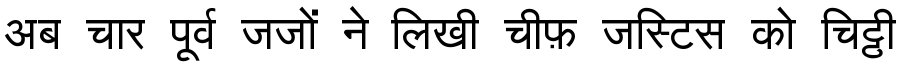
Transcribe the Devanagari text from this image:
अब चार पूर्व जजों ने लिखी चीफ़ जस्टिस को चिट्ठी